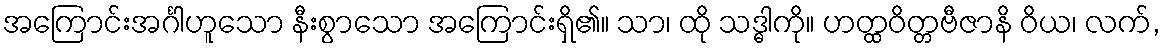
အကြောင်းအင်္ဂါဟူသော နီးစွာသော အကြောင်းရှိ၏။ သာ၊ ထို သဒ္ဓါကို။ ဟတ္ထဝိတ္တဗီဇာနိ ဝိယ၊ လက်,